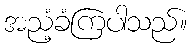
အညံ့ခံကြပါသည်။